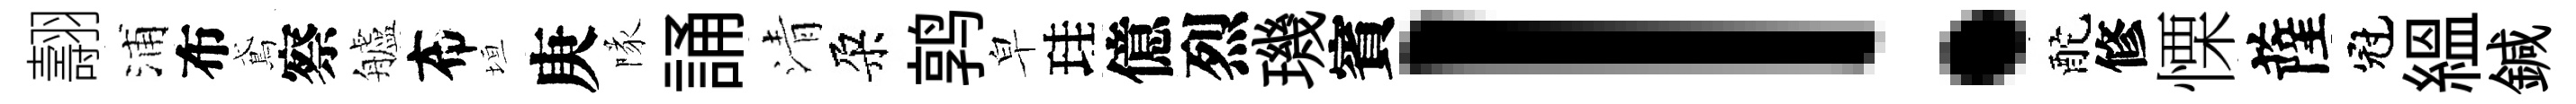
翿浦布鳶察艫布垣庚隊誦清朶鹑皁珪億烈璣賓！酡修慄薩冠緼鍼